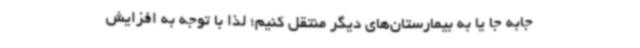
جابه جا یا به بیمارستان‌های دیگر منتقل کنیم؛ لذا با توجه به افزایش